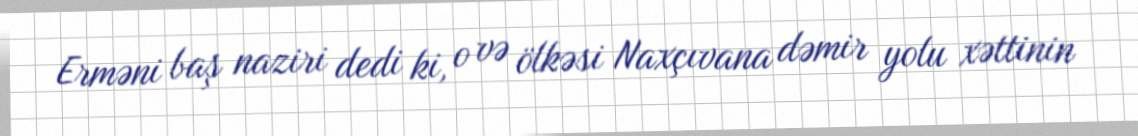
Erməni baş naziri dedi ki, o və ölkəsi Naxçıvana dəmir yolu xəttinin